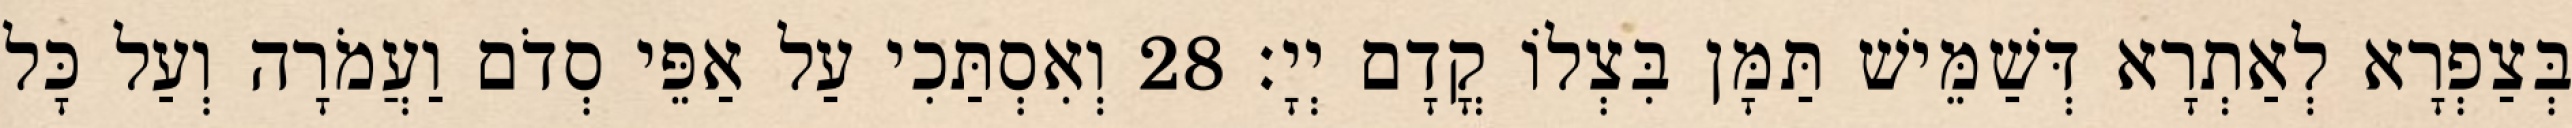
בְּצַפְרָא לְאַתְרָא דְּשַׁמֵּישׁ תַּמָּן בִּצְלוֹ קֳדָם יְיָ׃ 28 וְאִסְתַּכִי עַל אַפֵּי סְדֹם וַעֲמֹרָה וְעַל כָּל